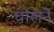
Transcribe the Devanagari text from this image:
चोलने